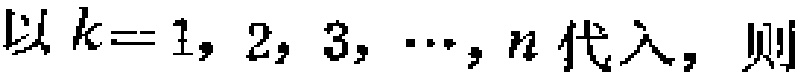
以 \(k = 1, 2, 3, \cdots, n\) 代入，则